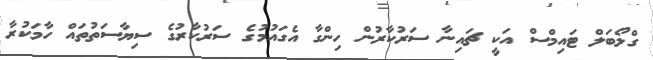
ގްލޯބަލް ޓައިމްސް އަކީ ޗައިނާ ސަރުކާރުން ހިންގާ އެގައުމުގެ ސަރުކާރުގެ ސިޔާސަތުތައް ހާމަކުރާ